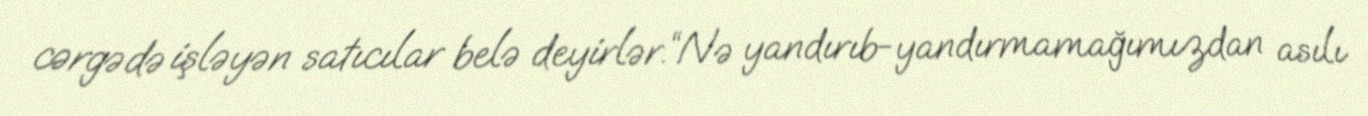
cərgədə işləyən satıcılar belə deyirlər.“Nə yandırıb-yandırmamağımızdan asılı